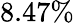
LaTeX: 8.47\%